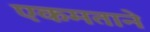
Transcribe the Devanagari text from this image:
एकमताने